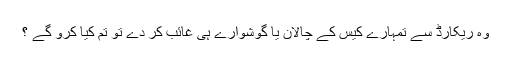
وہ ریکارڈ سے تمہارے کیس کے چالان یا گوشوارے ہی غائب کر دے تو تم کیا کرو گے ؟